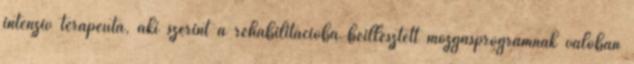
intenzív terapeuta, aki szerint a rehabilitációba beillesztett mozgásprogramnak valóban